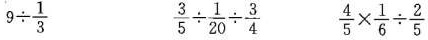
$$9 {\div} \frac { 1 } { 3 }$$$$\frac { 3 } { 5 }{\div} \frac { 1 } { 20 }{\div} \frac { 3 } { 4 } $$$$\frac { 4 } { 5 } \times \frac { 1 } { 6 }{\div} \frac { 2 } { 5 }$$